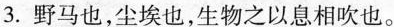
3.野马也，尘埃也，生物之以息相吹也。